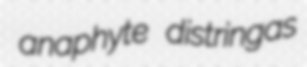
anaphyte distringas